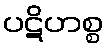
ပဋိဟစ္စ